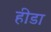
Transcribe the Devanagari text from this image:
हीडा